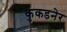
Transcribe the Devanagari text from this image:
कुकडनेर